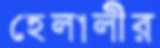
হেলালীর